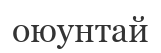
оюунтай